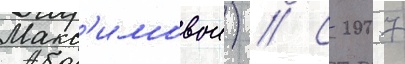
Макс'имовои) // С 2007